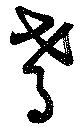
肴